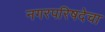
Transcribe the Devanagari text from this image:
नगरपरिषदेचा